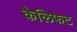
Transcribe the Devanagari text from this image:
कैलिफेट